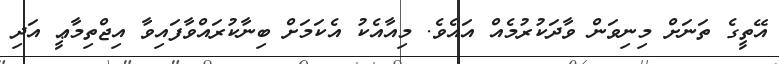
އޭތީގެ ތަނަށް މިނިވަން ވާދަކުރުމެއް އައެވެ. މިއާއެކު އެކަމަށް ބިނާކުރައްވާފައިވާ އިޖްތިމާޢީ އަދި